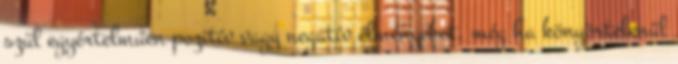
szül egyértelműen pozitív vagy negatív élményeket, még ha könyörtelenül